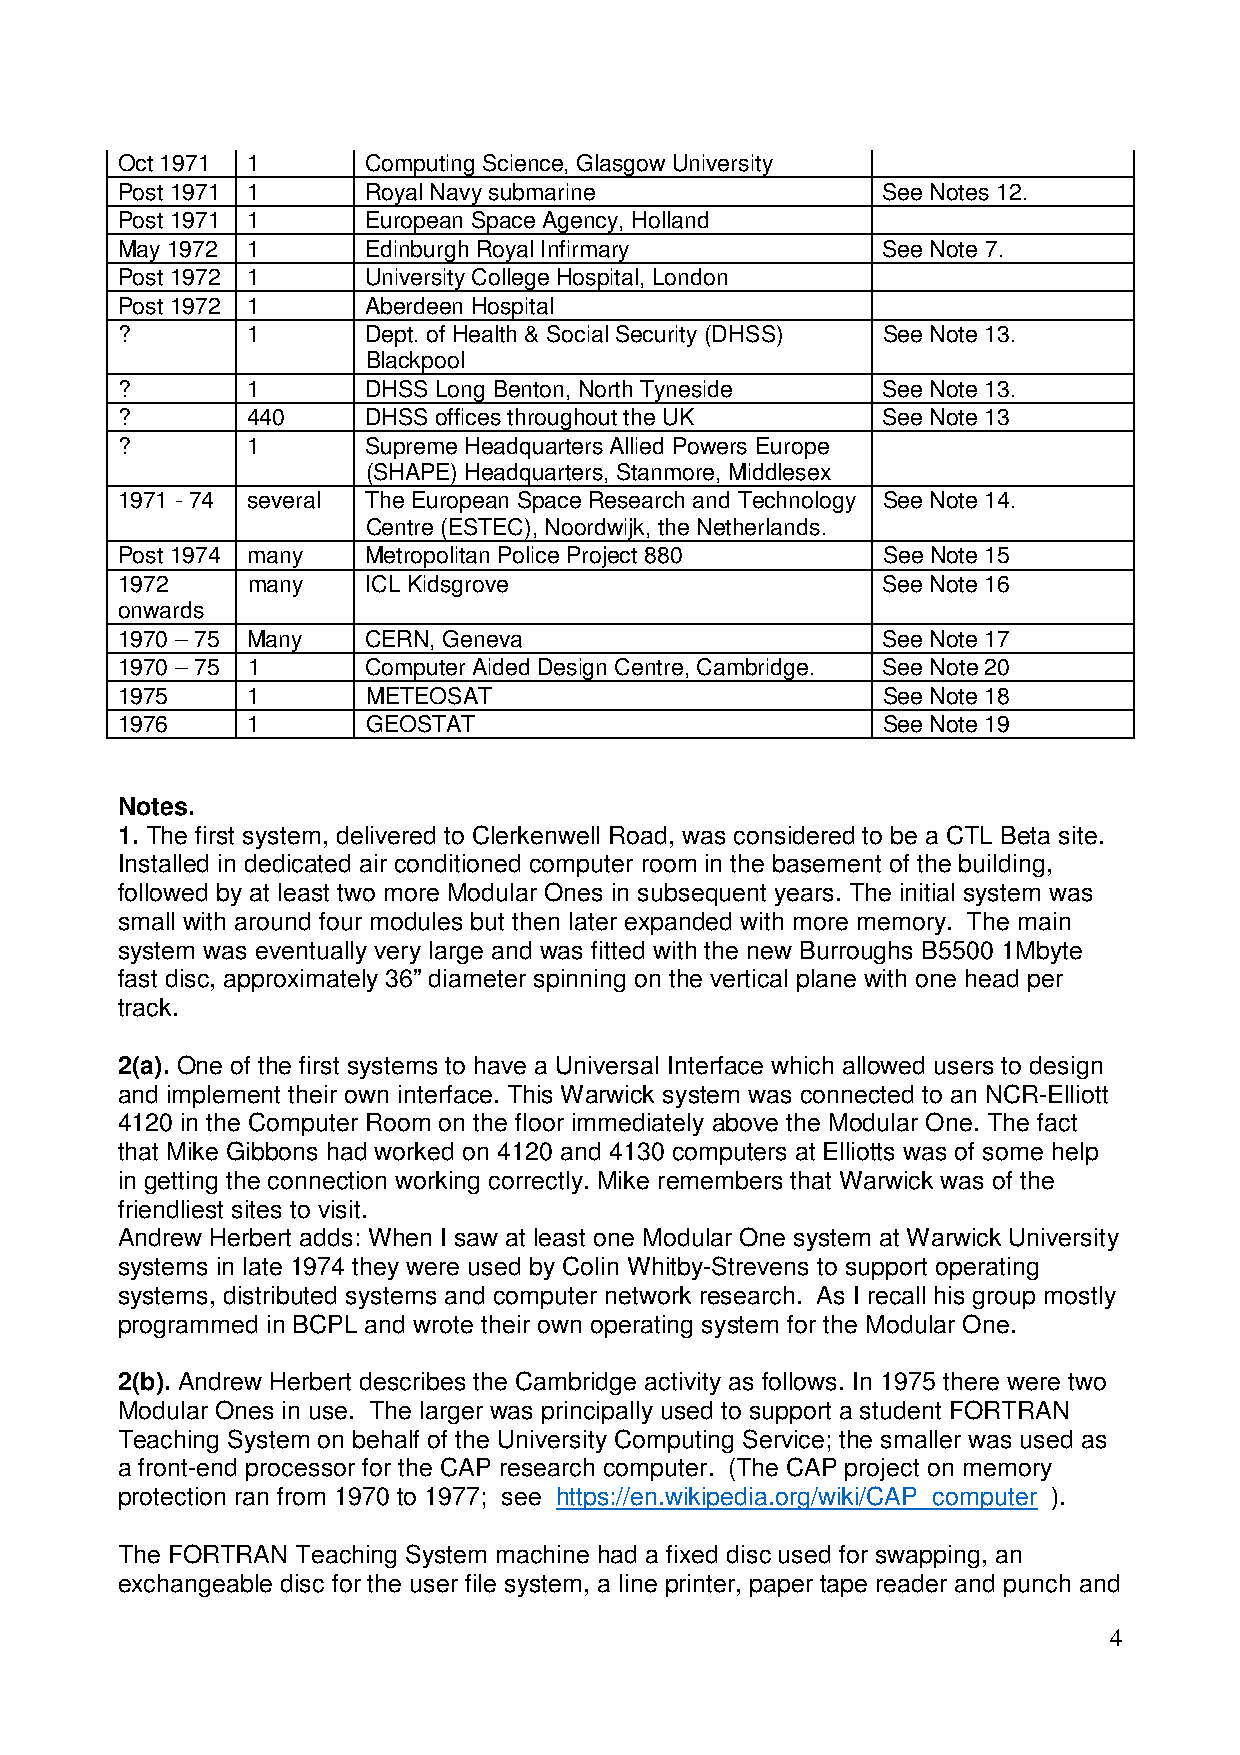
Oct 1971 1      Computing Science, Glasgow University
 Post 1971 1     Royal Navy submarine              See Notes 12.
 Post 1971 1     European Space Agency, Holland
 May 1972 1      Edinburgh Royal Infirmary         See Note 7.
 Post 1972 1     University College Hospital, London
 Post 1972 1     Aberdeen Hospital
 ?       1       Dept. of Health & Social Security (DHSS) See Note 13.
 Blackpool
 ?       1       DHSS Long Benton, North Tyneside  See Note 13.
 ?       440     DHSS offices throughout the UK    See Note 13
 ?       1       Supreme Headquarters Allied Powers Europe
 (SHAPE) Headquarters, Stanmore, Middlesex
 1971 - 74 several The European Space Research and Technology See Note 14.
 Centre (ESTEC), Noordwijk, the Netherlands.
 Post 1974 many  Metropolitan Police Project 880   See Note 15
 1972    many    ICL Kidsgrove                     See Note 16
 onwards
 1970 – 75 Many  CERN, Geneva                      See Note 17
 1970 – 75 1     Computer Aided Design Centre, Cambridge. See Note 20
 1975    1       METEOSAT                          See Note 18
 1976    1       GEOSTAT                           See Note 19
 Notes.
 1. The first system, delivered to Clerkenwell Road, was considered to be a CTL Beta site.
 Installed in dedicated air conditioned computer room in the basement of the building,
 followed by at least two more Modular Ones in subsequent years. The initial system was
 small with around four modules but then later expanded with more memory. The main
 system was eventually very large and was fitted with the new Burroughs B5500 1Mbyte
 fast disc, approximately 36” diameter spinning on the vertical plane with one head per
 track.
 2(a). One of the first systems to have a Universal Interface which allowed users to design
 and implement their own interface. This Warwick system was connected to an NCR-Elliott
 4120 in the Computer Room on the floor immediately above the Modular One. The fact
 that Mike Gibbons had worked on 4120 and 4130 computers at Elliotts was of some help
 in getting the connection working correctly. Mike remembers that Warwick was of the
 friendliest sites to visit.
 Andrew Herbert adds: When I saw at least one Modular One system at Warwick University
 systems in late 1974 they were used by Colin Whitby-Strevens to support operating
 systems, distributed systems and computer network research. As I recall his group mostly
 programmed in BCPL and wrote their own operating system for the Modular One.
 2(b). Andrew Herbert describes the Cambridge activity as follows. In 1975 there were two
 Modular Ones in use. The larger was principally used to support a student FORTRAN
 Teaching System on behalf of the University Computing Service; the smaller was used as
 a front-end processor for the CAP research computer. (The CAP project on memory
 protection ran from 1970 to 1977; see https://en.wikipedia.org/wiki/CAP_computer ).
 The FORTRAN Teaching System machine had a fixed disc used for swapping, an
 exchangeable disc for the user file system, a line printer, paper tape reader and punch and
 4